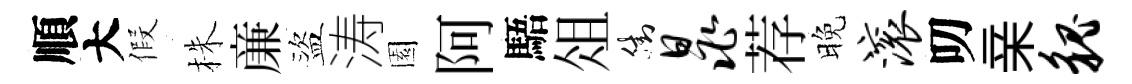
順大假株亷盜涛園阿䮏俎街晁荐晚滚叨亲貌